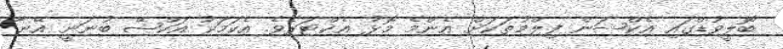
ބޮލީވުޑްގައި އެކްޝަން ފިލްމުތަކަށް އެންމެ މޮޅު އެކްޓަރެވެ. އެކަމަކު އަކްޝޭ ބުނަނީ އޭނާ